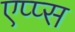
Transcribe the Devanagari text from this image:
एप्प्स